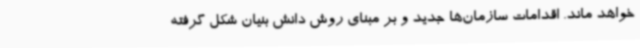
خواهد ماند. اقدامات سازمان‌ها جدید و بر مبنای روش دانش بنیان شکل گرفته